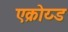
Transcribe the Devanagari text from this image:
एक्रोय्ड